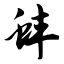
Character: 蚌